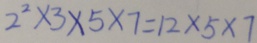
2 ^ { 2 } \times 3 \times 5 \times 7 = 1 2 \times 5 \times 7